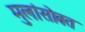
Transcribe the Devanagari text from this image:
मुलांसोबत